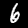
Label: 6